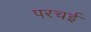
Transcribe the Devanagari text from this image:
परचई